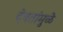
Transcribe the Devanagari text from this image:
देवतांमुळे